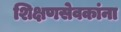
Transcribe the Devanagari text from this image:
शिक्षणसेवकांना